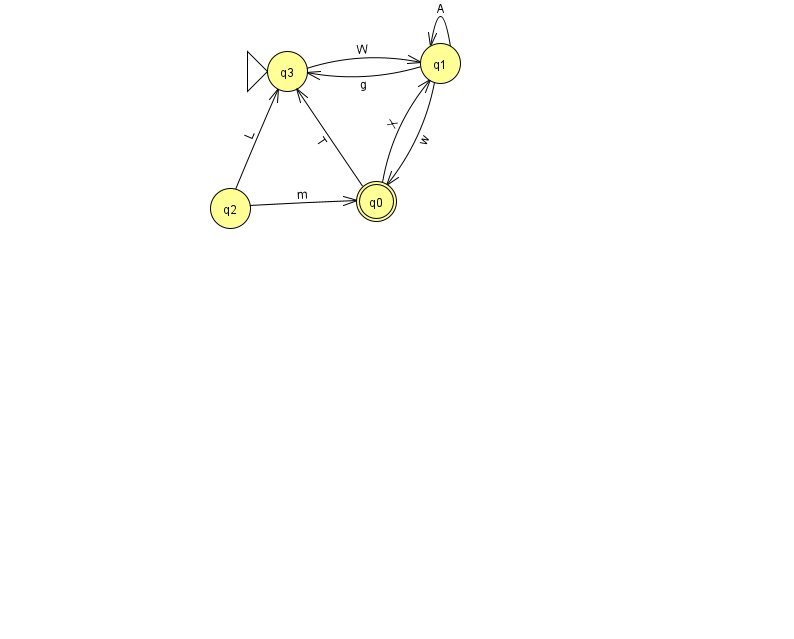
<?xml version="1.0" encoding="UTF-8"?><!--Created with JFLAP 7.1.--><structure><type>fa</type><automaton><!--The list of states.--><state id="0" name="q0"><x>376.0</x><y>188.0</y><final/></state><state id="1" name="q1"><x>440.0</x><y>50.0</y></state><state id="2" name="q2"><x>230.0</x><y>195.0</y></state><state id="3" name="q3"><x>287.0</x><y>58.0</y><initial/></state><!--The list of transitions.--><transition><from>1</from><to>1</to><read>A</read></transition><transition><from>0</from><to>3</to><read>T</read></transition><transition><from>0</from><to>1</to><read>X</read></transition><transition><from>2</from><to>3</to><read>L</read></transition><transition><from>2</from><to>0</to><read>m</read></transition><transition><from>1</from><to>0</to><read>w</read></transition><transition><from>1</from><to>3</to><read>g</read></transition><transition><from>3</from><to>1</to><read>W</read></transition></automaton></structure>